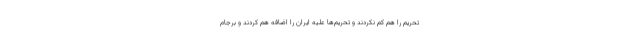
تحریم را هم کم نکردند و تحریم‌ها علیه ایران را اضافه هم کردند و برجام